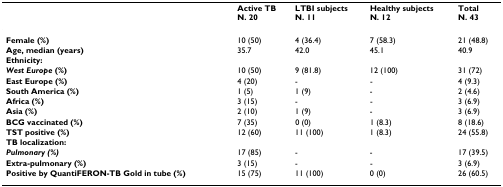
<table><thead><tr><td></td><td><b>Active TBN. 20</b></td><td><b>LTBI subjectsN. 11</b></td><td><b>Healthy subjectsN. 12</b></td><td><b>TotalN. 43</b></td></tr></thead><tbody><tr><td><b>Female (%)</b></td><td>10 (50)</td><td>4 (36.4)</td><td>7 (58.3)</td><td>21 (48.8)</td></tr><tr><td><b>Age, median (years)</b></td><td>35.7</td><td>42.0</td><td>45.1</td><td>40.9</td></tr><tr><td><b>Ethnicity:</b></td><td></td><td></td><td></td><td></td></tr><tr><td><b><i>West Europe </i>(%)</b></td><td>10 (50)</td><td>9 (81.8)</td><td>12 (100)</td><td>31 (72)</td></tr><tr><td><b>East Europe (%)</b></td><td>4 (20)</td><td>-</td><td>-</td><td>4 (9.3)</td></tr><tr><td><b>South America (%)</b></td><td>1 (5)</td><td>1 (9)</td><td>-</td><td>2 (4.6)</td></tr><tr><td><b>Africa (%)</b></td><td>3 (15)</td><td>-</td><td>-</td><td>3 (6.9)</td></tr><tr><td><b>Asia (%)</b></td><td>2 (10)</td><td>1 (9)</td><td>-</td><td>3 (6.9)</td></tr><tr><td><b>BCG vaccinated (%)</b></td><td>7 (35)</td><td>0 (0)</td><td>1 (8.3)</td><td>8 (18.6)</td></tr><tr><td><b>TST positive (%)</b></td><td>12 (60)</td><td>11 (100)</td><td>1 (8.3)</td><td>24 (55.8)</td></tr><tr><td><b>TB localization:</b></td><td></td><td></td><td></td><td></td></tr><tr><td><b><i>Pulmonary (%)</i></b></td><td>17 (85)</td><td>-</td><td>-</td><td>17 (39.5)</td></tr><tr><td><b>Extra-pulmonary (%)</b></td><td>3 (15)</td><td>-</td><td>-</td><td>3 (6.9)</td></tr><tr><td><b>Positive by QuantiFERON-TB Gold in tube (%)</b></td><td>15 (75)</td><td>11 (100)</td><td>0 (0)</td><td>26 (60.5)</td></tr></tbody></table>